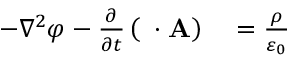
\begin{array} { r l } { - \nabla ^ { 2 } \varphi - { \frac { \partial } { \partial t } } \left( \mathbf { \nabla } \cdot \mathbf { A } \right) } & { { } = { \frac { \rho } { \varepsilon _ { 0 } } } } \end{array}